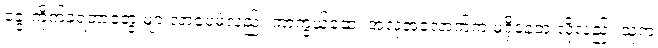
ခွေးကိုက်ခံရတာတွေ များလာပေမဲ့လည်း ကာကွယ်ဆေး အလုံအလောက်က မရှိနေဘူးလို့လည်း သူက